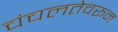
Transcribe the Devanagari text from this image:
चंचलतेवरून